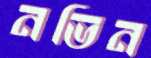
নভিন